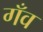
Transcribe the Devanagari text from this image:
गँव